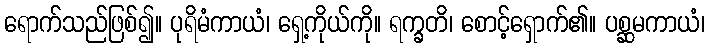
ရောက်သည်ဖြစ်၍။ ပုရိမံကာယံ၊ ရှေ့ကိုယ်ကို။ ရက္ခတိ၊ စောင့်ရှောက်၏။ ပစ္ဆမကာယံ၊